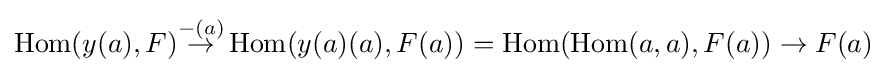
\operatorname {Hom} (y(a),F){\overset {-(a)}{\to }}\operatorname {Hom} (y(a)(a),F(a))=\operatorname {Hom} (\operatorname {Hom} (a,a),F(a))\to F(a)